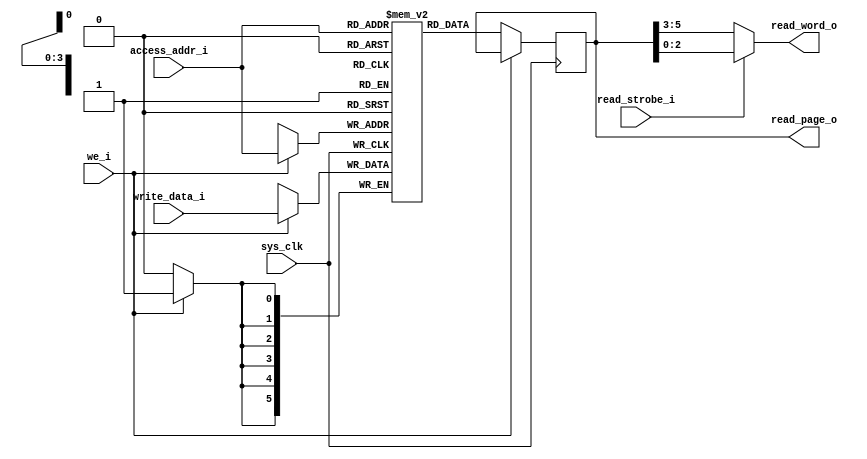
module lutMem_2bankX1port #(
	parameter QUAN_SIZE = 3,
    parameter PAGE_NUM = 16,
    parameter BANK_INTERLEAVE = 2,
	parameter ADDR_BITWIDTH = 4
) (
    output wire [(QUAN_SIZE*BANK_INTERLEAVE)-1:0] read_page_o,
    output wire [QUAN_SIZE-1:0] read_word_o,
 
    input wire [(QUAN_SIZE*BANK_INTERLEAVE)-1:0] write_data_i,
    input wire [ADDR_BITWIDTH-1:0] access_addr_i,
    input wire [0:0] read_strobe_i,
    input wire we_i,
    input wire sys_clk
);

localparam PAGE_SIZE = (QUAN_SIZE*BANK_INTERLEAVE);
(* ram_style = "distributed" *) reg [PAGE_SIZE-1:0] mem [0:PAGE_NUM-1];
reg [PAGE_SIZE-1:0] mem_out;
always @(posedge sys_clk) begin
    if(we_i == 1'b1)
        mem[access_addr_i] <= write_data_i[PAGE_SIZE-1:0];
    else 
        mem_out[PAGE_SIZE-1:0] <= mem[access_addr_i];
end

assign read_word_o[QUAN_SIZE-1:0] = (read_strobe_i[0]==1'b0) ? mem_out[PAGE_SIZE-1:QUAN_SIZE] : mem_out[QUAN_SIZE-1:0];
assign read_page_o[PAGE_SIZE-1:0] = mem_out[PAGE_SIZE-1:0];
endmodule